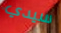
سيدي